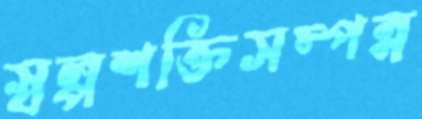
স্বল্পশক্তিসম্পন্ন